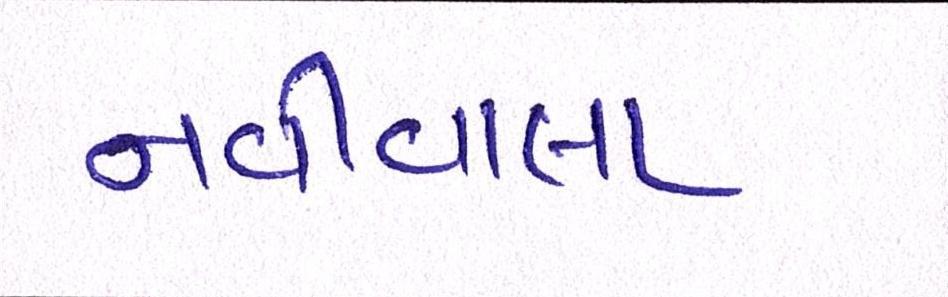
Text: નવીવાલા